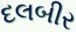
દલબીર